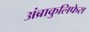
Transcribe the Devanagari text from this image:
अंब्राकुलिफेरा